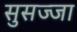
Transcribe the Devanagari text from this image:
सुसज्जा